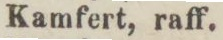
Kamfert, raff.